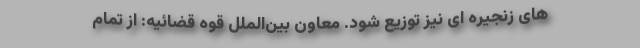
های زنجیره ای نیز توزیع شود. معاون بین‌الملل قوه قضائیه: از تمام